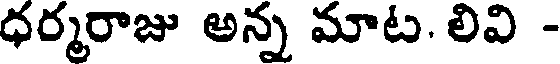
ధర్మరాజు అన్న మాట. లివి -